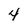
Character: 4